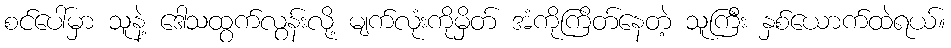
စင်ပေါ်မှာ သူနဲ့ ဒေါသထွက်လွန်းလို့ မျက်လုံးကိုမှိတ် အံကိုကြိတ်နေတဲ့ သူကြီး နှစ်ယောက်ထဲရယ်။